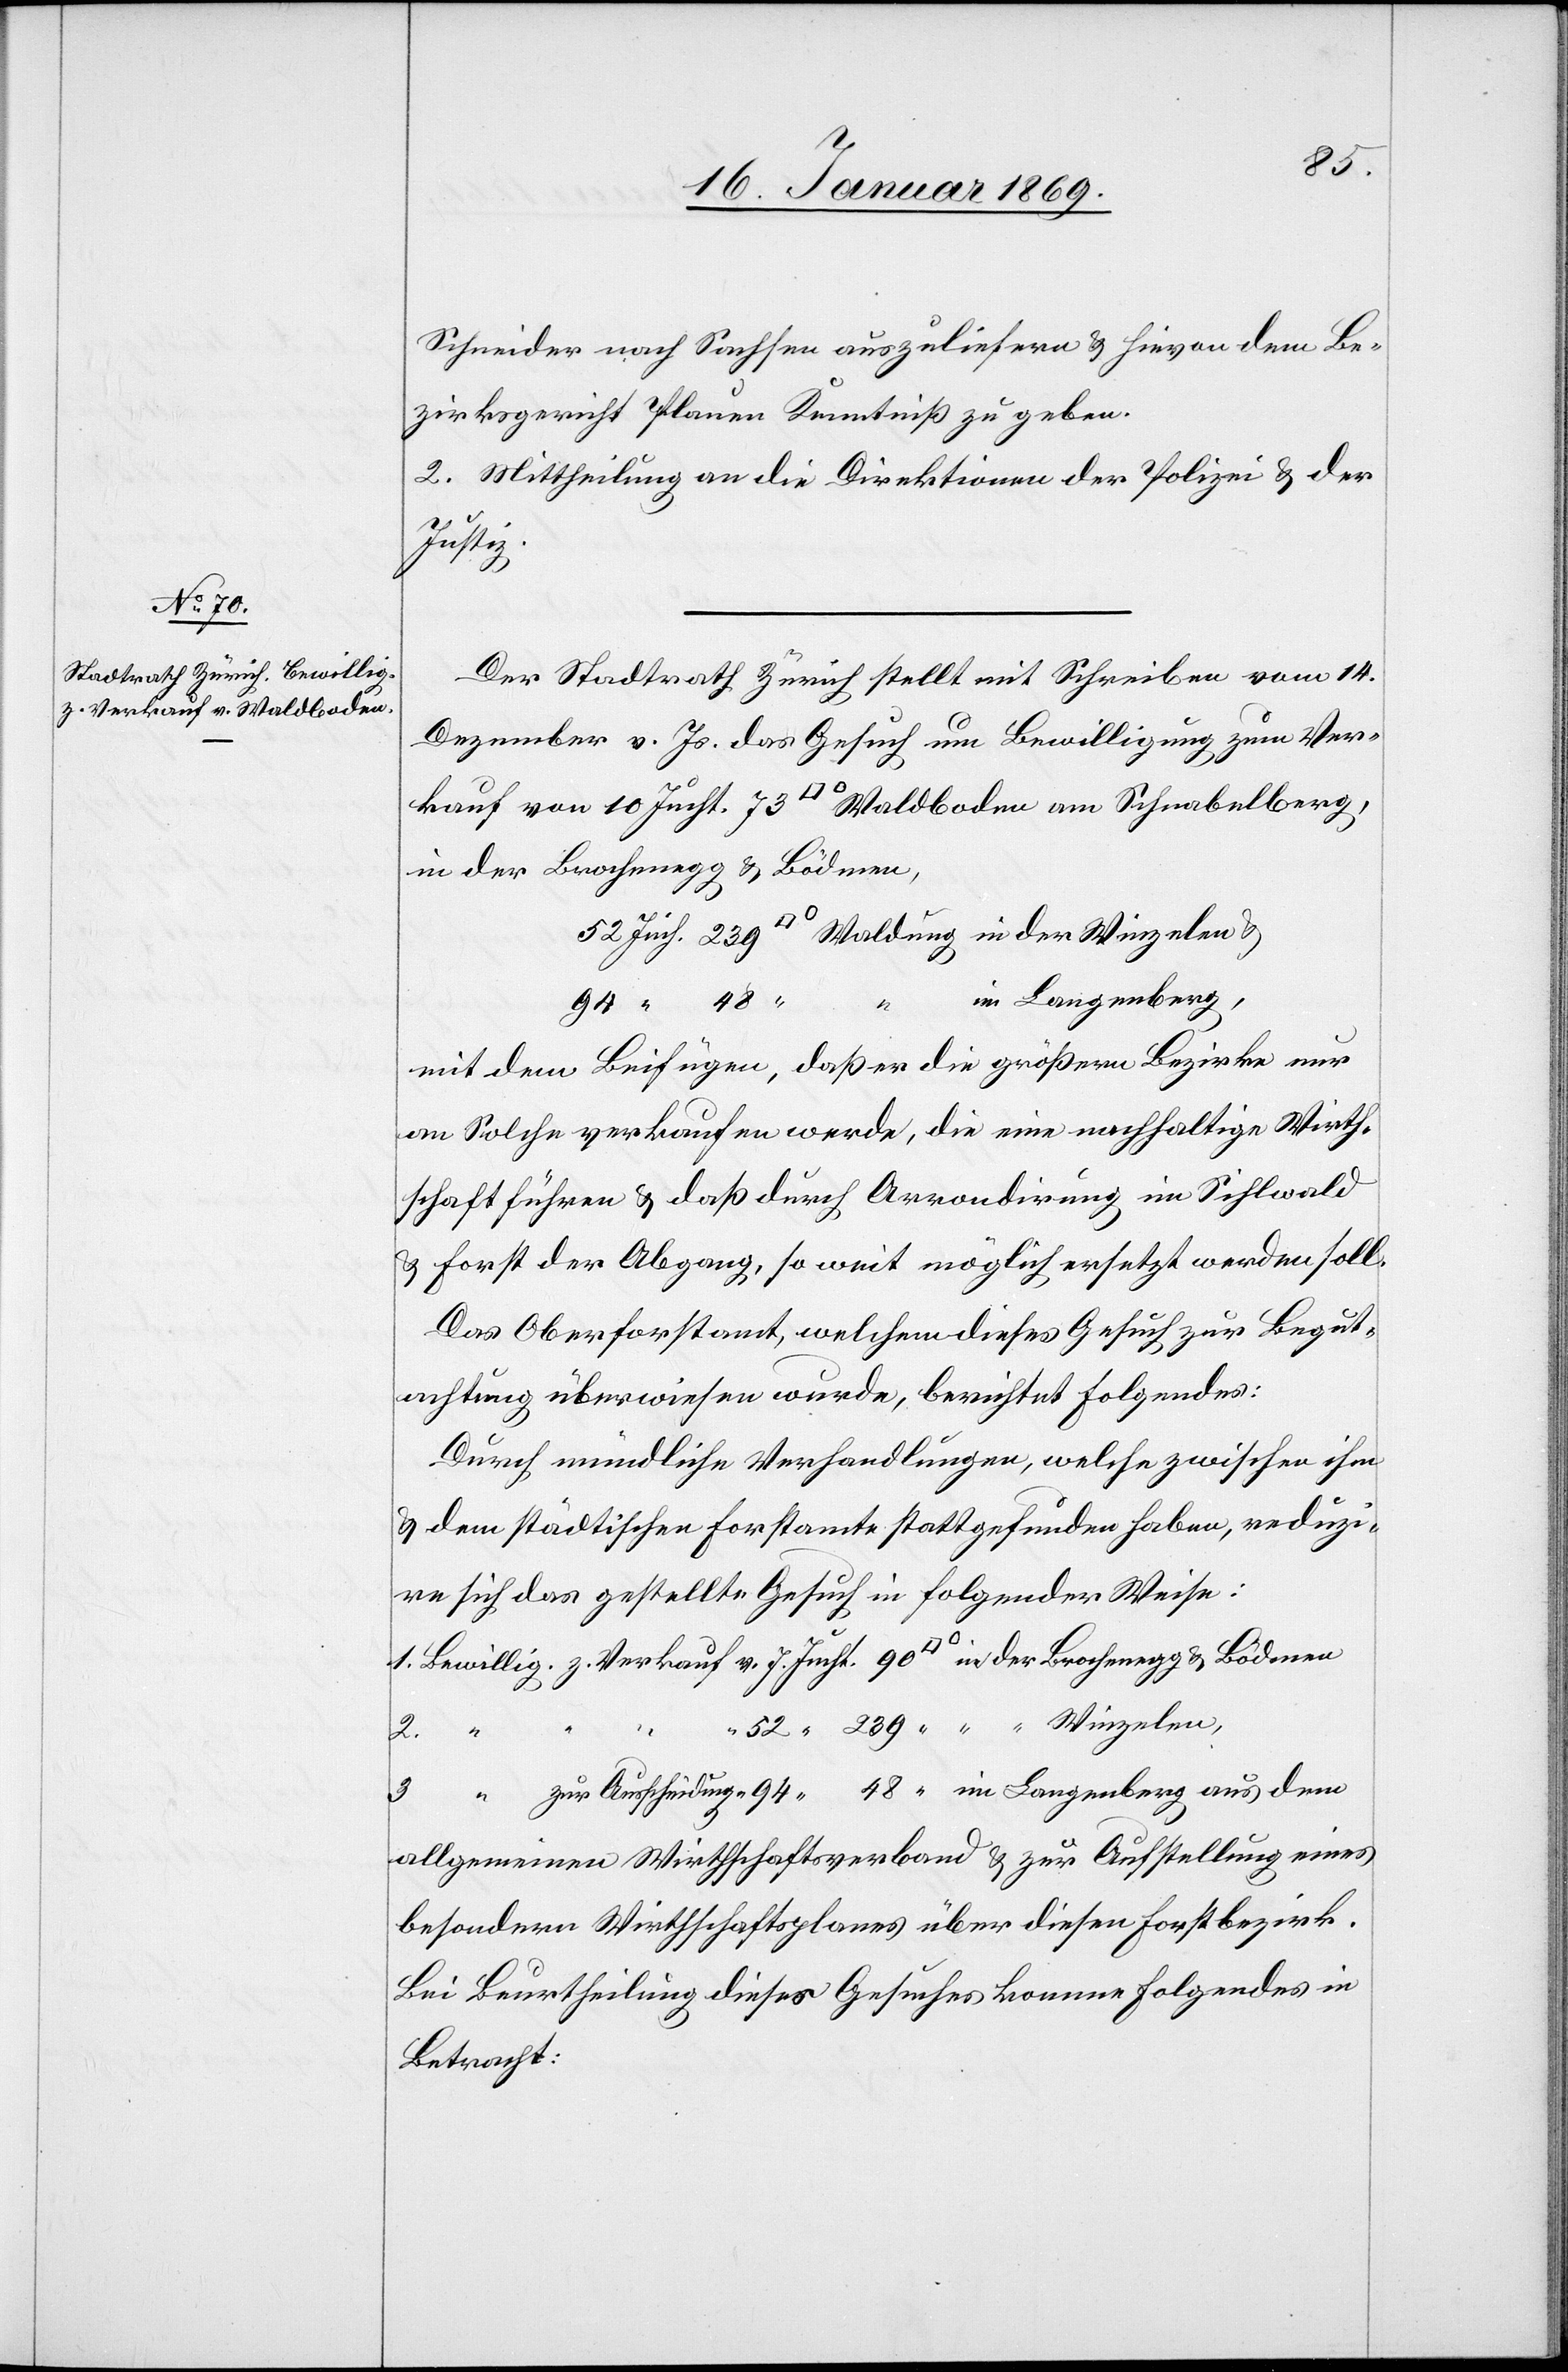
Schneider nach Sachsen auszuliefern u. hievon dem Be¬
zirksgericht Plauen Kenntniß zu geben.
2. Mittheilung an die Direktionen der Polizei u. der
Justiz.
Der Stadtrath Zürich stellt mit Schreiben vom 14
Dezember vor. Js. das Gesuch um Bewilligung, zum Ver¬
kauf von 10 Jucht. 73 [Quadrat]° Waldboden am Schnabelberg,
in der Brochenegg u. Bödmen,
in Langenberg,
2. “ “
mit dem Beifügen, daß er die größern Bezirke nur
an Solche verkaufen werde, die eine nachhaltige Wirth¬
schaft führen u. daß durch Arrondirung im Sihlwald
u. Forst der Abgang, so weit möglich ersetzt werden soll.
Das Oberforstamt, welchem dieses Gesuch zur Begut¬
achtung überwiesen wurde, berichtet Folgendes:
Durch mündliche Verhandlungen, welche zwischen ihm
u. dem städtischen Forstamte stattgefunden haben, reduzi¬
re sich das gestellte Gesuch in folgender Weise:
1. Bewillig. z. Verkauf v. 7 Jucht. 90 [Quadrat]° in der Brochenegg u. Bödmen
“ “ 52 “ 239 “ “ “ Winzelen,
3. “ zur Ausscheidung [v.] 94 “ 48 “ im Langenberg aus dem
allgemeinen Wirthschaftsverband u. zur Aufstellung eines
besondern Wirthschaftsplanes über diesen Forstbezirk.
Bei Beurtheilung dieses Gesuches komme folgendes in
Betracht: